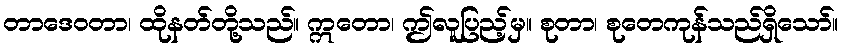
တာဒေဝတာ၊ ထိုနတ်တို့သည်။ ဣတော၊ ဤလူပြည့်မှ။ စုတာ၊ စုတေကုန်သည်ရှိသော်။